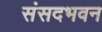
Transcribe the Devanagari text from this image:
संसदभवन